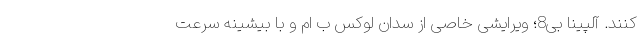
کنند. آلپینا بی8؛ ویرایشی خاصی از سدان لوکس ب ام و با بیشینه سرعت